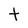
Character: t